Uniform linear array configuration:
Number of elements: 24
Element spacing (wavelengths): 0.5
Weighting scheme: kaiser
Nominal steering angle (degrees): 15
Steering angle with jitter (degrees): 14.909
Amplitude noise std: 0.05
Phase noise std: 0.05

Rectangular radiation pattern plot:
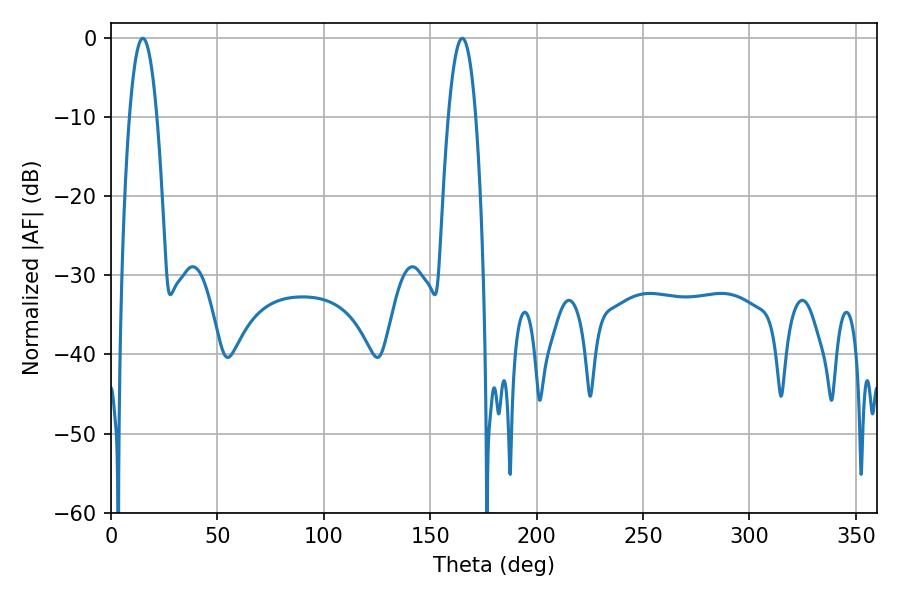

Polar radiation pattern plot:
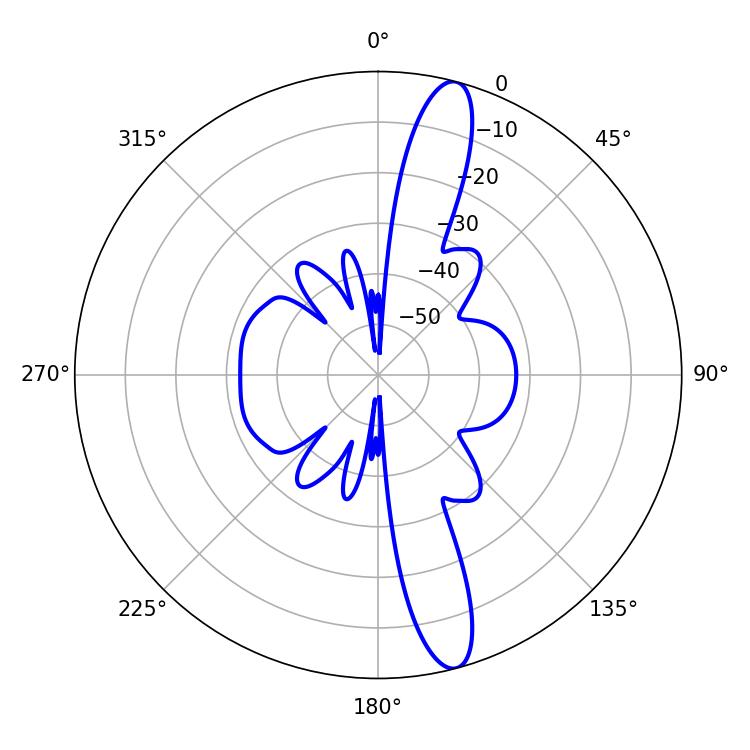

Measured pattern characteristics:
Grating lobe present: FALSE
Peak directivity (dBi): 14.6
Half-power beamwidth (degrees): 7.02
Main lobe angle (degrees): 14.94